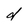
Character: d